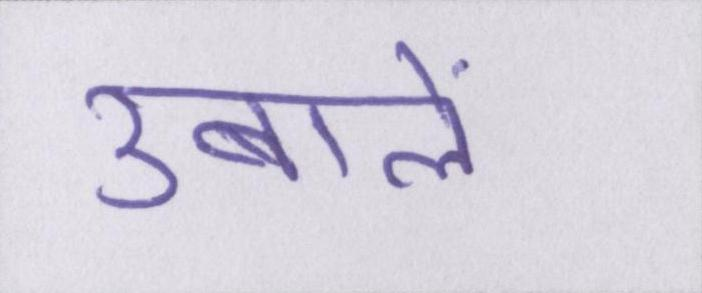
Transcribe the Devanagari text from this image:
उबालें